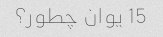
15 یوان چطور؟